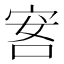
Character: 𰇭